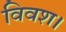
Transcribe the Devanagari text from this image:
विवश।